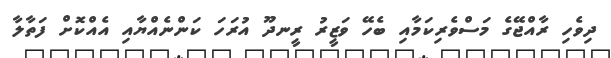
ދިވެހި ރާއްޖޭގެ މަސްވެރިކަމާއި ބެހޭ ވަޒީރު ރީނދޫ އުރަހަ ކަންނެއްޔާއި އެއްކޮށް ފަތާލާ